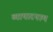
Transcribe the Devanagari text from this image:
व्यापारनाम